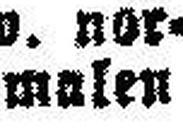
malen